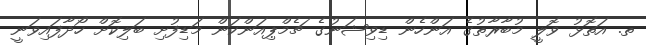
ތ. އަތޮޅު ވޮލީ މުބާރާތުގެ އަންހެން ޑިވިޝަނުގެ ޗެމްޕިއަންކަން މަޑިފުށި ބަލިކޮށް ހޯދާފައިވަނީ